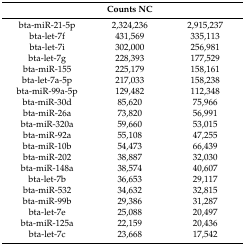
<table><thead><tr><td>[EMPTY_CELL]</td><td><b>Counts NC</b></td><td>[EMPTY_CELL]</td></tr></thead><tbody><tr><td>bta-miR-21-5p</td><td>2,324,236</td><td>2,915,237</td></tr><tr><td>bta-let-7f</td><td>431,569</td><td>335,113</td></tr><tr><td>bta-let-7i</td><td>302,000</td><td>256,981</td></tr><tr><td>bta-let-7g</td><td>228,393</td><td>177,529</td></tr><tr><td>bta-miR-155</td><td>225,179</td><td>158,161</td></tr><tr><td>bta-let-7a-5p</td><td>217,033</td><td>158,238</td></tr><tr><td>bta-miR-99a-5p</td><td>129,482</td><td>112,348</td></tr><tr><td>bta-miR-30d</td><td>85,620</td><td>75,966</td></tr><tr><td>bta-miR-26a</td><td>73,820</td><td>56,991</td></tr><tr><td>bta-miR-320a</td><td>59,660</td><td>53,015</td></tr><tr><td>bta-miR-92a</td><td>55,108</td><td>47,255</td></tr><tr><td>bta-miR-10b</td><td>54,473</td><td>66,439</td></tr><tr><td>bta-miR-202</td><td>38,887</td><td>32,030</td></tr><tr><td>bta-miR-148a</td><td>38,574</td><td>40,607</td></tr><tr><td>bta-let-7b</td><td>36,653</td><td>29,117</td></tr><tr><td>bta-miR-532</td><td>34,632</td><td>32,815</td></tr><tr><td>bta-miR-99b</td><td>29,386</td><td>31,287</td></tr><tr><td>bta-let-7e</td><td>25,088</td><td>20,497</td></tr><tr><td>bta-miR-125a</td><td>22,159</td><td>20,436</td></tr><tr><td>bta-let-7c</td><td>23,668</td><td>17,542</td></tr></tbody></table>